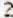
2